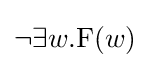
\neg \exists w.\mathrm {F} (w)